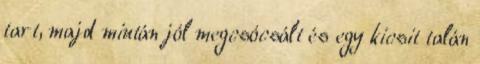
tart, majd miután jól megcsócsált és egy kicsit talán